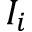
I _ { i }